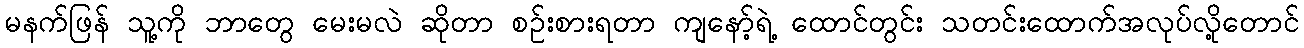
မနက်ဖြန် သူ့ကို ဘာတွေ မေးမလဲ ဆိုတာ စဉ်းစားရတာ ကျနော့်ရဲ့ ထောင်တွင်း သတင်းထောက်အလုပ်လို့တောင်